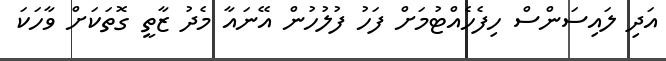
އަދި ލައިސަންސް ހިފެހެއްޓުމަށް ފަހު ފުލުހުން އޭނައާ މެދު ޒާތީ ގޮތަކަށް ވާހަކަ